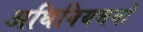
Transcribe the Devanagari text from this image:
अधिनियमनों